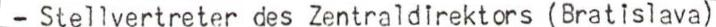
- Stellvertreter des Zentraldirektors (Bratislava)